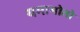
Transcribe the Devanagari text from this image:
यमामोतो